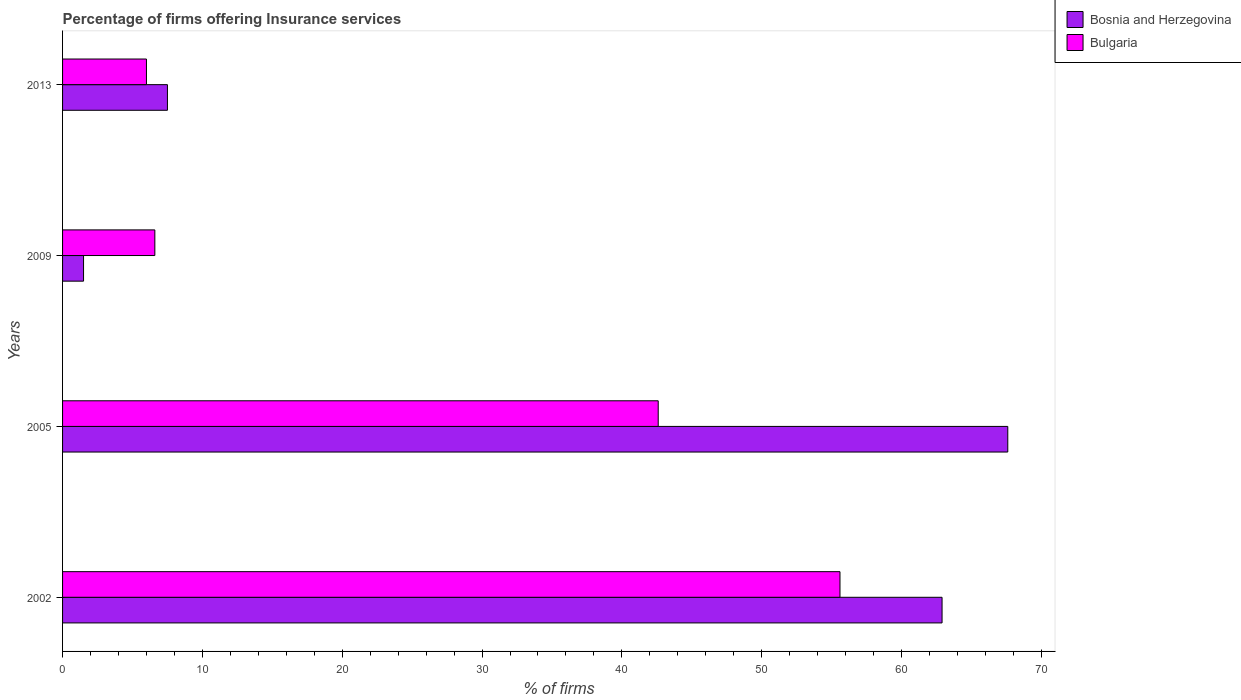
| Years | Bosnia and Herzegovina | Bulgaria |
 | --- | --- | --- |
 | 2002 | 62.9 | 55.6 |
 | 2005 | 67.6 | 42.6 |
 | 2009 | 1.5 | 6.6 |
 | 2013 | 7.5 | 6 |